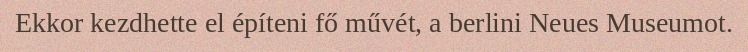
Ekkor kezdhette el építeni fő művét, a berlini Neues Museumot.